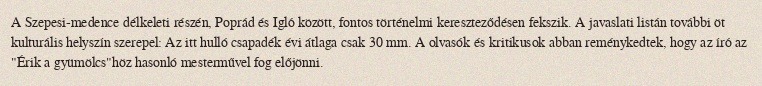
A Szepesi-medence délkeleti részén, Poprád és Igló között, fontos történelmi kereszteződésen fekszik. A javaslati listán további öt kulturális helyszín szerepel: Az itt hulló csapadék évi átlaga csak 30 mm. A olvasók és kritikusok abban reménykedtek, hogy az író az "Érik a gyümölcs"höz hasonló mesterművel fog előjönni.